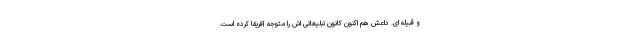
و قبیله ای. داعش هم اکنون کانون تبلیغاتی اش را متوجه آفریقا کرده است.